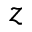
z